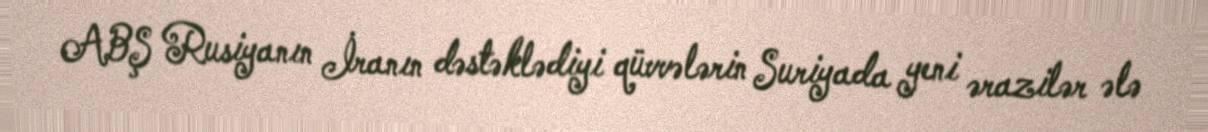
ABŞ Rusiyanın İranın dəstəklədiyi qüvvələrin Suriyada yeni ərazilər ələ